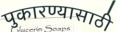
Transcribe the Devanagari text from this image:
पुकारण्यासाठी